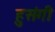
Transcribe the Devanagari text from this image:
हुसंगी